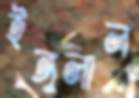
ইঙ্গুলাল